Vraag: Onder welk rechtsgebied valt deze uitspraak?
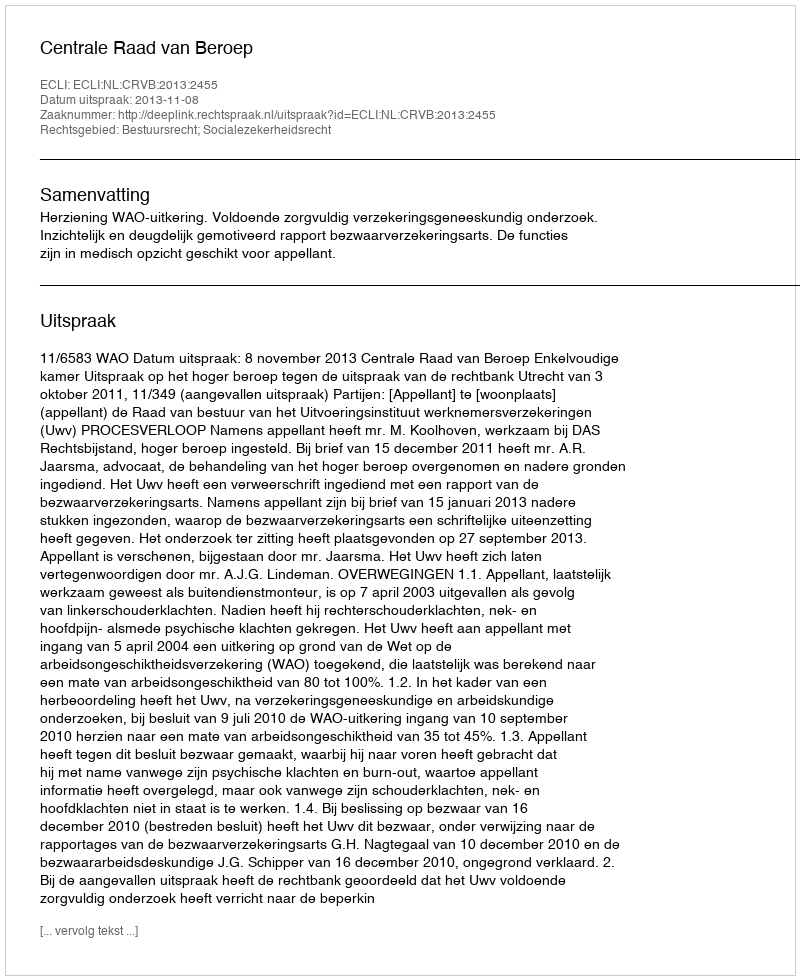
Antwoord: Bestuursrecht; Socialezekerheidsrecht